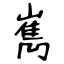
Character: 嶲